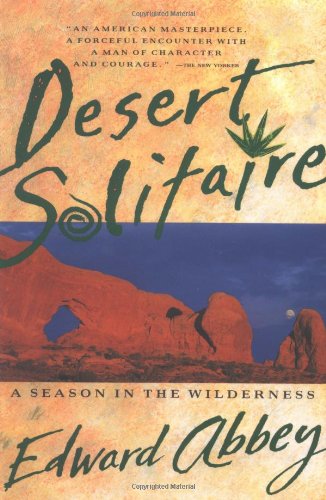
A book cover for Desert Solitaire; Edward Abbey; Science & Math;